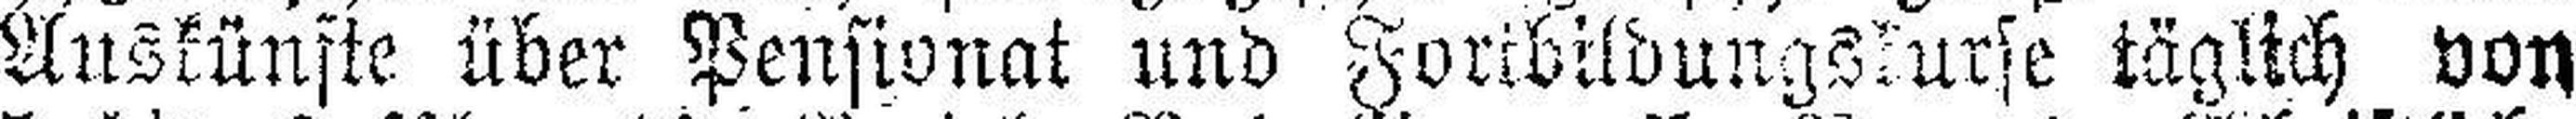
Auskünfte über Pensionat und Fortbildungskurse täglich von